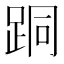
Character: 𨀜